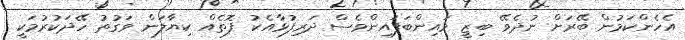
އެހެންކަމުން ބޭރަށް ނުދެވޭ ބިޒީ މައިންބަފައިންވެސް ދަރިފުޅާއެކު ފޮތެއް ކިޔާލަން ވަގުތު ހޭދަކުރުމަކީ